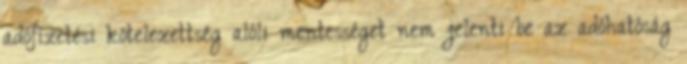
adófizetési kötelezettség alóli mentességet nem jelenti be az adóhatóság